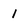
Character: i